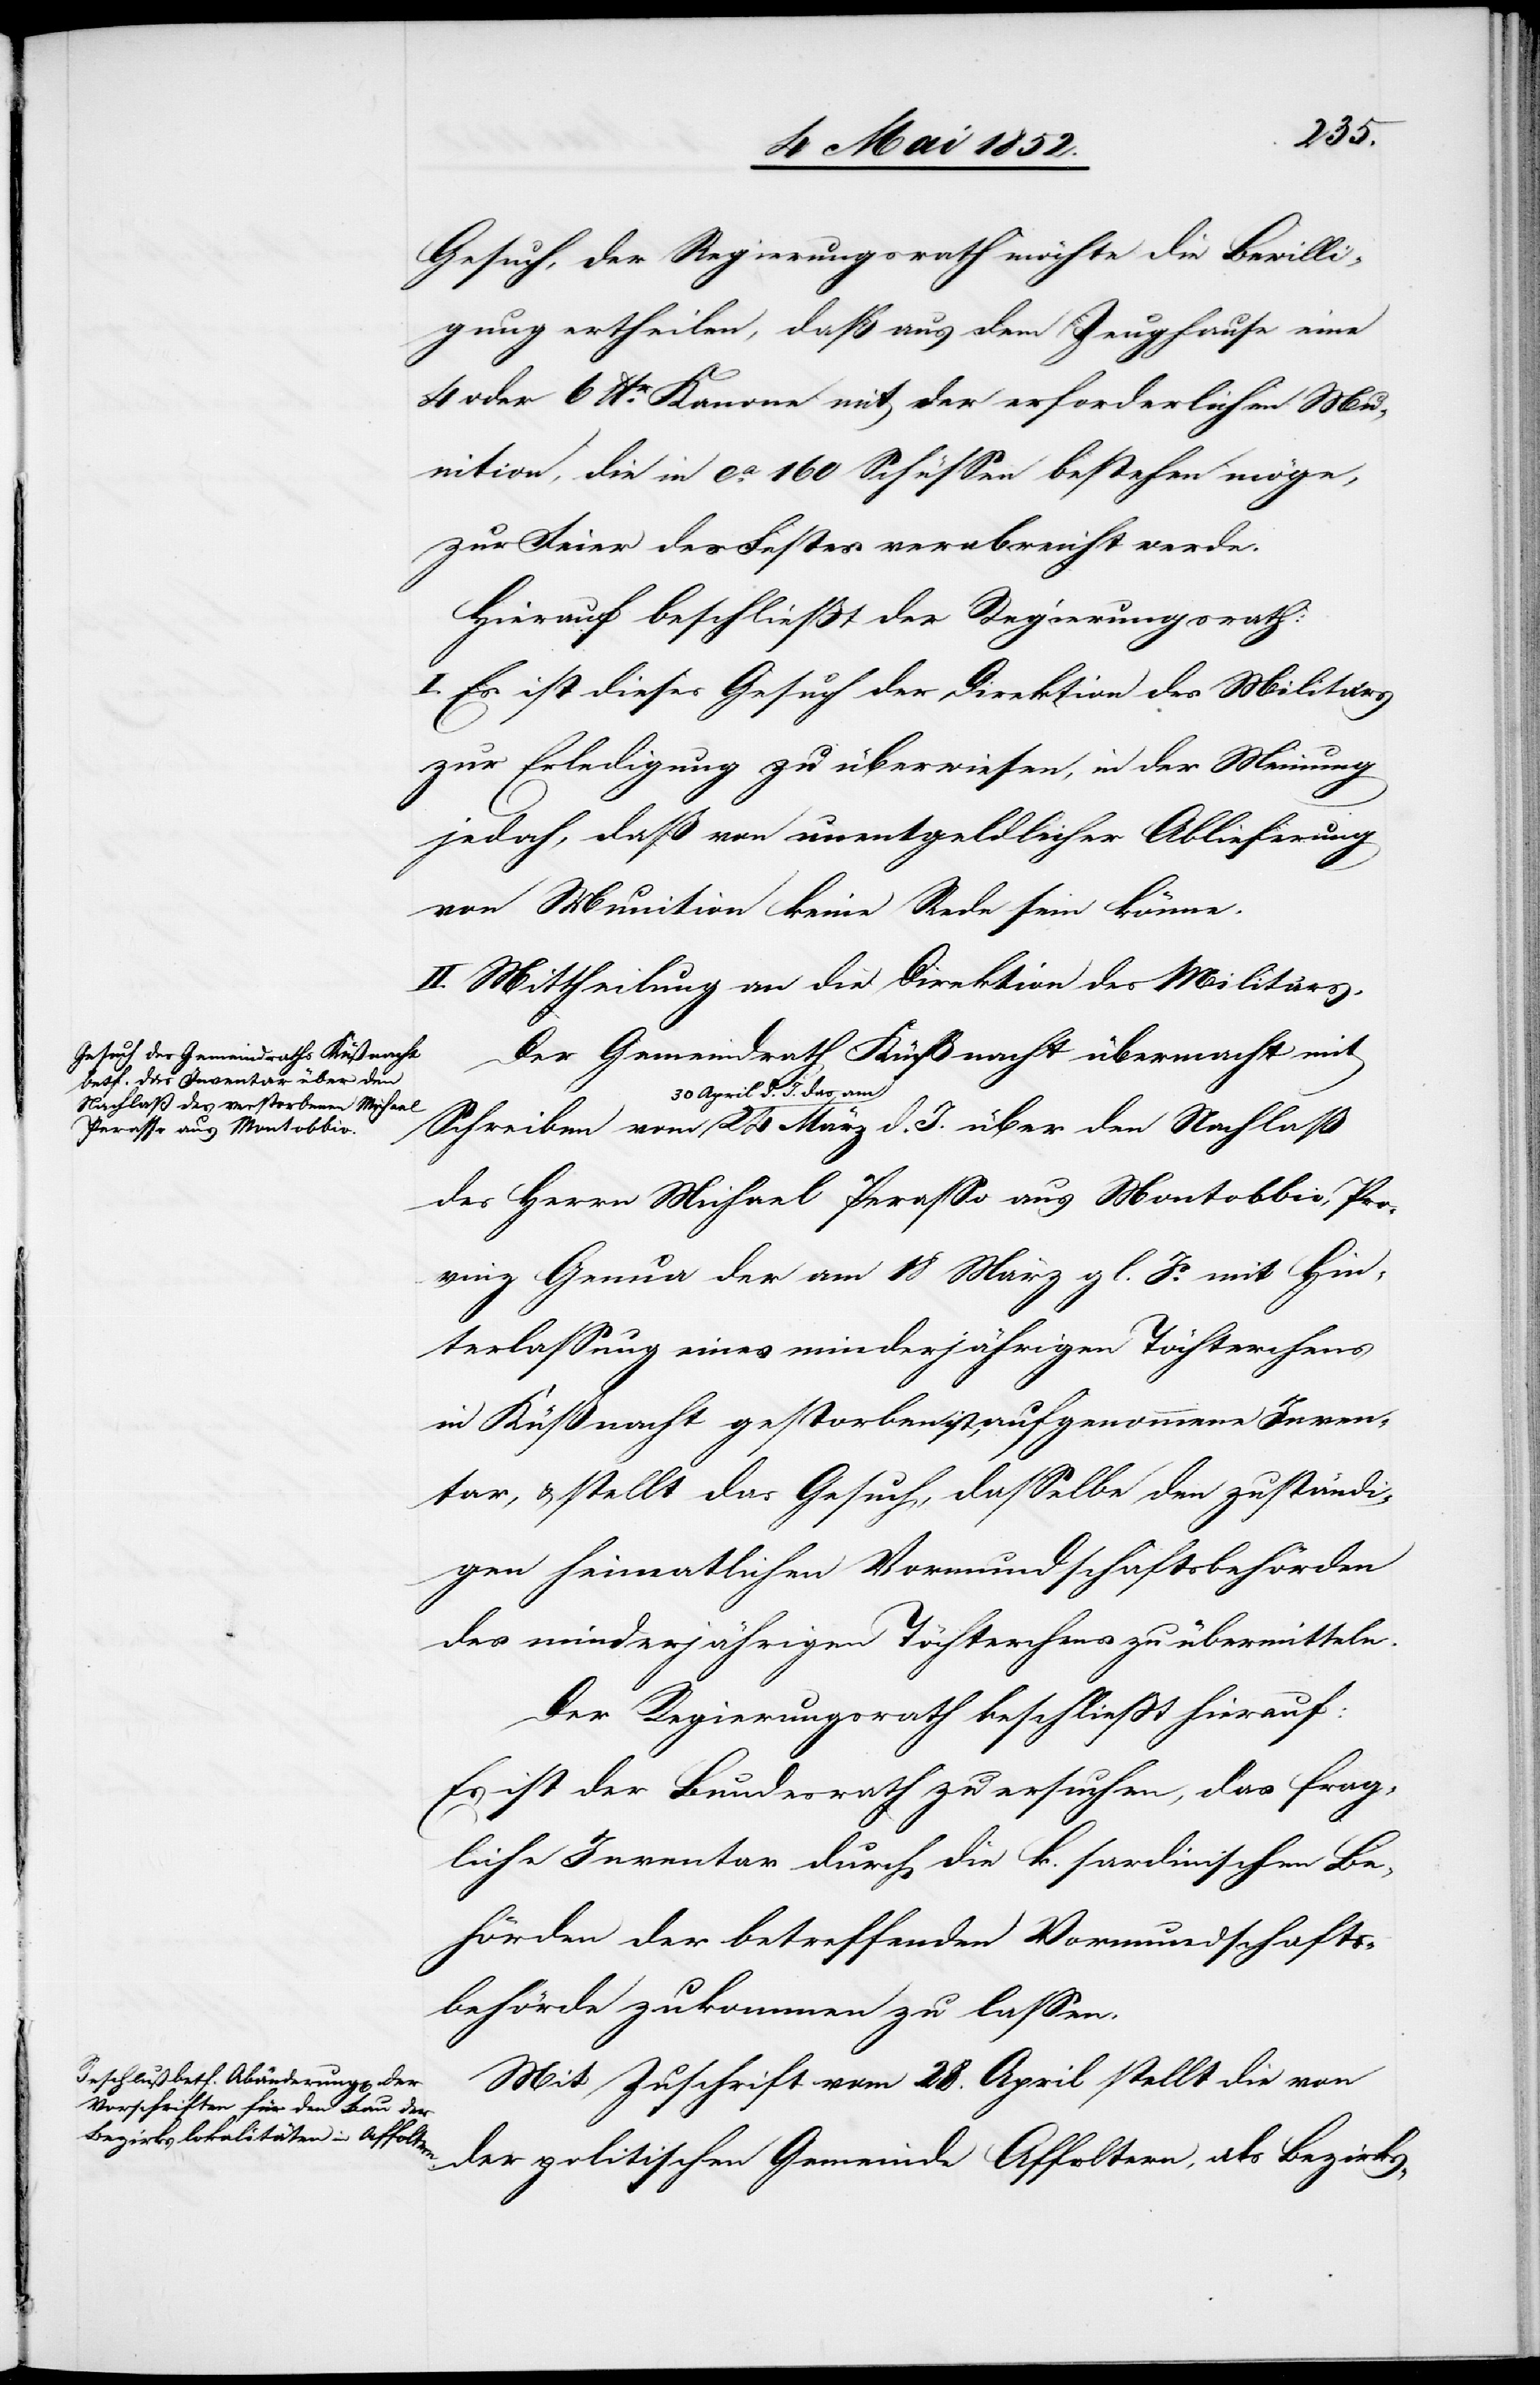
Gesuch, der Regierungsrath möchte die Bewilli¬
gung ertheilen, daß aus dem Zeughause eine
4 oder 6 lbr. Kanone mit der erforderlichen M¬
unition, die in ca. 160 Schüssen bestehen möge,
zur Feier des Festes verabreicht werde.
Hierauf beschliesst der Regierungsrath:
I. Es ist dieses Gesuch der Direktion des Militärs
zur Erledigung zu überwiesen [sic!], in der Meinung
jedoch, daß von unentgeldlicher Ablieferung
von Munition keine Rede sein könne.
II. Mittheilung an die Direktion des Militärs.
Der Gemeindrath Küßnacht übermacht mit
30 April d. J. das am
des Herrn Michael Perasso aus Montobbio, Pro¬
vinz Genua der am 18 März gl. Js, mit Hin¬
terlassung eines minderjährigen Töchterchens
in Küßnacht gestorben ist, aufgenommene Inven¬
tar, & stellt das Gesuch, dasselbe den zuständi¬
gen heimatlichen Vormundschaftsbehörden
des minderjährigen Töchterchens zu übermitteln.
Der Regierungsrath beschliesst hierauf:
Es ist der Bundesrath zu ersuchen, das frag¬
liche Inventar durch die k. sardinischen Be¬
hörden der betreffenden Vormundschafts¬
behörde zukommen zu lassen.
Mit Zuschrift vom 28. April stellt die von
der politischen Gemeinde Affoltern, als Bezirks-